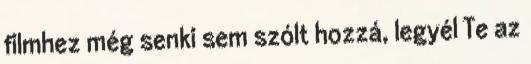
filmhez még senki sem szólt hozzá, legyél Te az